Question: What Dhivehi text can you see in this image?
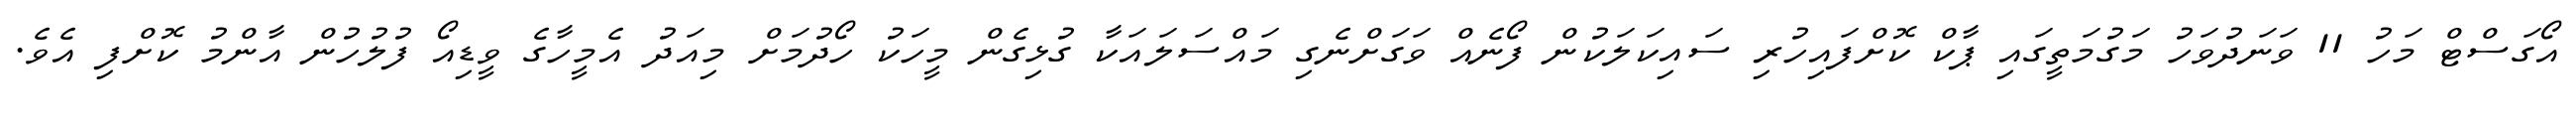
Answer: އޯގަސްޓް މަހު 11 ވަނަދުވަހު މަގުމަތީގައި ޕާކް ކޮށްފައިހުރި ސައިކަލަކުން ފޯނެއް ވަގަށްނެގި މައްސަލައަކާ ގުޅިގެން މީހަކު ހޯދުމަށް މިއަދު އެމީހާގެ ވީޑިއޯ ފުލުހުން އާންމު ކޮށްފި އެވެ.